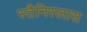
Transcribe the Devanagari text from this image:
स्तैनिस्लास